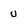
Character: u